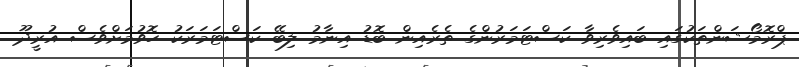
ޕްރޮމޯޝަންތަކުގައި ބައިވެރިވާ ކަސްޓަމަރުންގެ ތެރެއިން ބޮޑު އިނާމު ލިބޭ ކަސްޓަމަރަކު ހޮވުމަށްވެސް އުރީދޫ